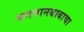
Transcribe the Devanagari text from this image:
भगवानबाबाचा